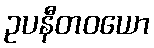
ဥပနီတဝယော